Plague in India, 1896, 1897 - Volume 1
Year: 1896
Disease focus: Plague
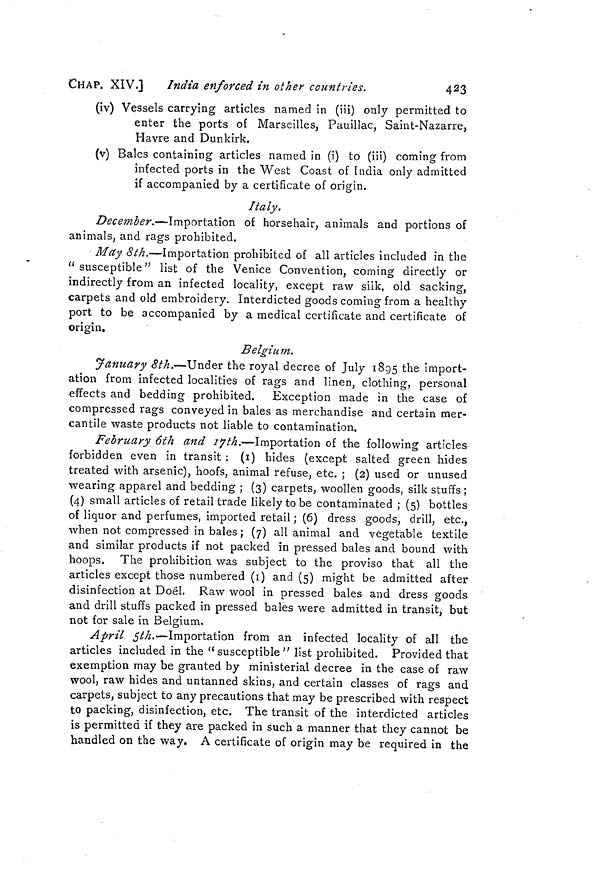
CHAP. XIV.]
India enforced in other countries.
423
(iv) Vessels carrying articles named in (iii) only permitted to
enter the ports of Marseilles, Pauillac, Saint-Nazarre,
Havre and Dunkirk.
(v) Bales containing articles named in (i) to (iii) coming from
infected ports in the West Coast of India only admitted
if accompanied by a certificate of origin.
Italy.
December.—Importation of horsehair, animals and portions of
animals, and rags prohibited.
May 8th.—Importation prohibited of all articles included in the
" susceptible " list of the Venice Convention, coming directly or
indirectly from an infected locality, except raw silk, old sacking,
carpets and old embroidery. Interdicted goods coming from a healthy
port to be accompanied by a medical certificate and certificate of
origin.
Belgium.
January 8th.—Under the royal decree of July 1895 the import-
ation from infected localities of rags and linen, clothing, personal
effects and bedding prohibited. Exception made in the case of
compressed rags conveyed in bales as merchandise and certain mer-
cantile waste products not liable to contamination.
February 6th and 17th.—Importation of the following articles
forbidden even in transit : (i) hides (except salted green hides
treated with arsenic), hoofs, animal refuse, etc. ; (2) used or unused
wearing apparel and bedding ; (3) carpets, woollen goods, silk stuffs ;
(4) small articles of retail trade likely to be contaminated ; (5) bottles
of liquor and perfumes, imported retail ; (6) dress goods, drill, etc.,
when not compressed in bales ; (7) all animal and vegetable textile
and similar products if not packed in pressed bales and bound with
hoops. The prohibition was subject to the proviso that all the
articles except those numbered (1) and (5) might be admitted after
disinfection at Doël. Raw wool in pressed bales and dress goods
and drill stuffs packed in pressed bales were admitted in transit, but
not for sale in Belgium.
April 5th.—Importation from an infected locality of all the
articles included in the " susceptible " list prohibited. Provided that
exemption may be granted by ministerial decree in the case of raw
wool, raw hides and untanned skins, and certain classes of rags and
carpets, subject to any precautions that may be prescribed with respect
to packing, disinfection, etc. The transit of the interdicted articles
is permitted if they are packed in such a manner that they cannot be
handled on the way. A certificate of origin may be required in the